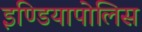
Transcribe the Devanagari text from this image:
इण्डियापोलिस